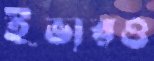
ইভারও